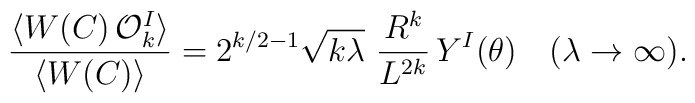
\frac{\langle W(C)\,{\cal O}^I_k\rangle }{\langle W(C)\rangle}=2^{k/2-1}\sqrt{k\lambda}\,\,\frac{R^k}{L^{2k}}\,Y^I(\theta)~~~(\lambda\rightarrow \infty).